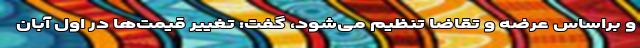
و براساس عرضه و تقاضا تنظیم می‌شود، گفت: تغییر قیمت‌ها در اول آبان